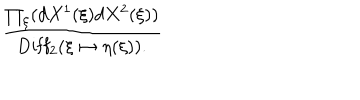
LaTeX: { \frac { \prod _ { \xi } ( d X ^ { 1 } ( \xi ) d X ^ { 2 } ( \xi ) ) } { \mathrm { D i f f } _ { 2 } ( \xi \mapsto \eta ( \xi ) ) . } }